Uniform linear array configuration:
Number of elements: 32
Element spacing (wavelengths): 0.75
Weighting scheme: blackman
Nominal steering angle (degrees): -60
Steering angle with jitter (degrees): -58.294
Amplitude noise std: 0.05
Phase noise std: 0.05

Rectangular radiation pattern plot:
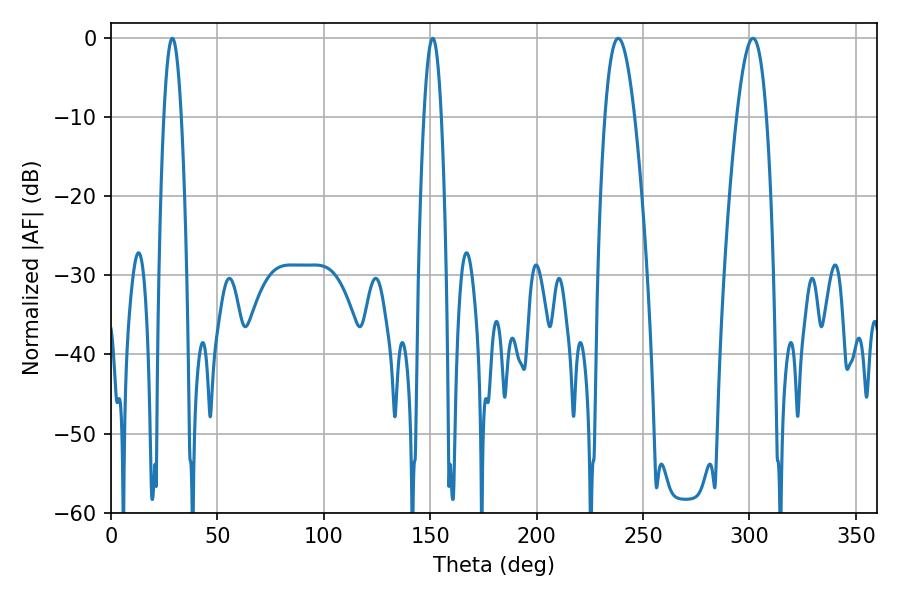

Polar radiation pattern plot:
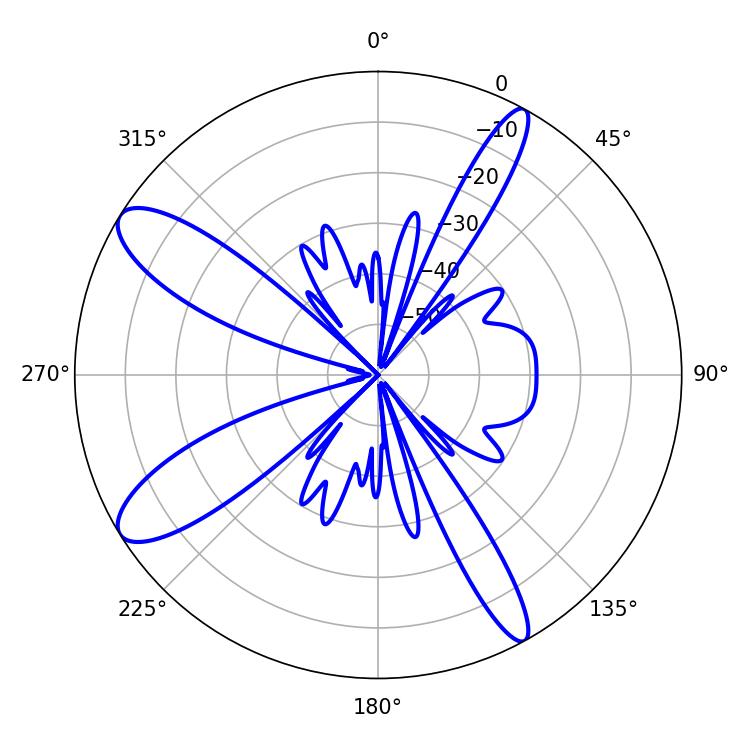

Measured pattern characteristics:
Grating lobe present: TRUE
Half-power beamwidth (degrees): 7.56
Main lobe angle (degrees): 238.32